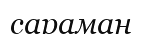
сараман